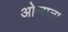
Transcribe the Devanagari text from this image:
ओखाला